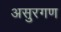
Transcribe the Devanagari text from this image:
असुरगण